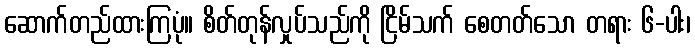
ဆောက်တည်ထားကြပုံ။ စိတ်တုန်လှုပ်သည်ကို ငြိမ်သက် စေတတ်သော တရား ၆-ပါး၊